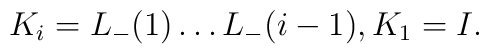
K_{i}=L_{-}(1)\dots L_{-}(i-1), K_{1}=I.